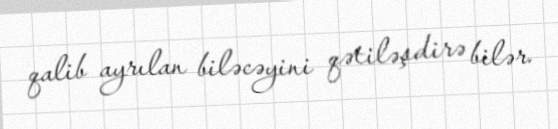
qalib ayrılan biləcəyini qətiləşdirə bilər.